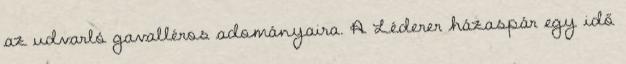
az udvarló gavalléros adományaira. A Léderer házaspár egy idő